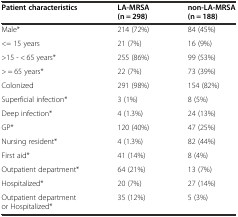
<table><thead><tr><td><b>Patient characteristics</b></td><td><b>LA-MRSA (n = 298)</b></td><td><b>non-LA-MRSA (n = 188)</b></td></tr></thead><tbody><tr><td>Male*</td><td>214 (72%)</td><td>84 (45%)</td></tr><tr><td>&lt;= 15 years</td><td>21 (7%)</td><td>16 (9%)</td></tr><tr><td>&gt;15 - &lt; 65 years*</td><td>255 (86%)</td><td>99 (53%)</td></tr><tr><td>&gt; = 65 years*</td><td>22 (7%)</td><td>73 (39%)</td></tr><tr><td>Colonized</td><td>291 (98%)</td><td>154 (82%)</td></tr><tr><td>Superficial infection*</td><td>3 (1%)</td><td>8 (5%)</td></tr><tr><td>Deep infection*</td><td>4 (1.3%)</td><td>24 (13%)</td></tr><tr><td>GP*</td><td>120 (40%)</td><td>47 (25%)</td></tr><tr><td>Nursing resident*</td><td>4 (1.3%)</td><td>82 (44%)</td></tr><tr><td>First aid*</td><td>41 (14%)</td><td>8 (4%)</td></tr><tr><td>Outpatient department*</td><td>64 (21%)</td><td>13 (7%)</td></tr><tr><td>Hospitalized*</td><td>20 (7%)</td><td>27 (14%)</td></tr><tr><td>Outpatient department or Hospitalized*</td><td>35 (12%)</td><td>5 (3%)</td></tr></tbody></table>